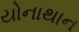
યોનાથાન